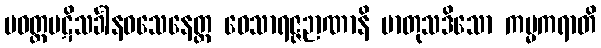
ပဝတ္တပဋိသင်္ခါနဝသေနေတ္ထ ဝေသာရဇ္ဇဉာဏာနိ မာတုသဒိသော ကမ္မကရာတိ